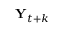
\mathbf { Y } _ { t + k }